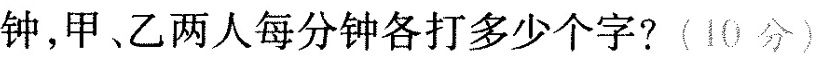
钟，甲乙两人每分钟各打多少个字?(10分)